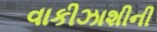
વાકીઝાશીની